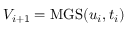
V _ { i + 1 } = \mathrm { M G S } ( u _ { i } , t _ { i } )